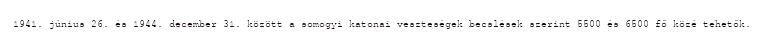
1941. június 26. és 1944. december 31. között a somogyi katonai veszteségek becslések szerint 5500 és 6500 fő közé tehetők.